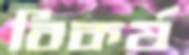
বিকর্ষ